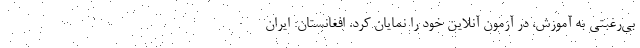
بی‌رغبتی به آموزش، در آزمون آنلاین خود را نمایان کرد. افغانستان: ایران